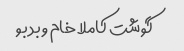
گوشت کاملا خام و بد بو